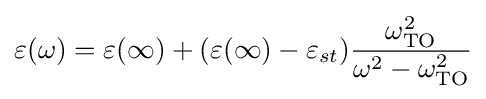
\varepsilon (\omega )=\varepsilon (\infty )+(\varepsilon (\infty )-\varepsilon _{st}){\frac {\omega _{\text{TO}}^{2}}{\omega ^{2}-\omega _{\text{TO}}^{2}}}